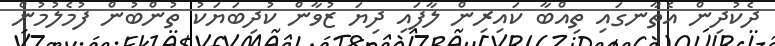
ދެކުދިން އެތާނގައި ތިއްބާ ކައިރިން ލާފައި ދިޔަ ޒުވާން ކުދިބަޔަކު ތުންބުން ފުމެލުމުން